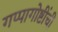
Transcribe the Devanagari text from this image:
गप्पागोष्टींची